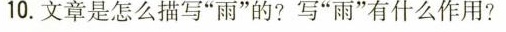
10.文章是怎么描写“雨”的？写“雨”有什么作用？